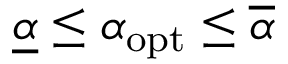
\underline { { \alpha } } \le \alpha _ { \mathrm { o p t } } \le \overline { { \alpha } }